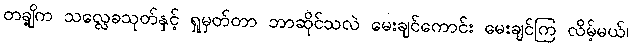
တချို့က သလ္လေခသုတ်နှင့် ရှုမှတ်တာ ဘာဆိုင်သလဲ မေးချင်ကောင်း မေးချင်ကြ လိမ့်မယ်၊